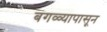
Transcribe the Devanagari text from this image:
बगळ्यापासून